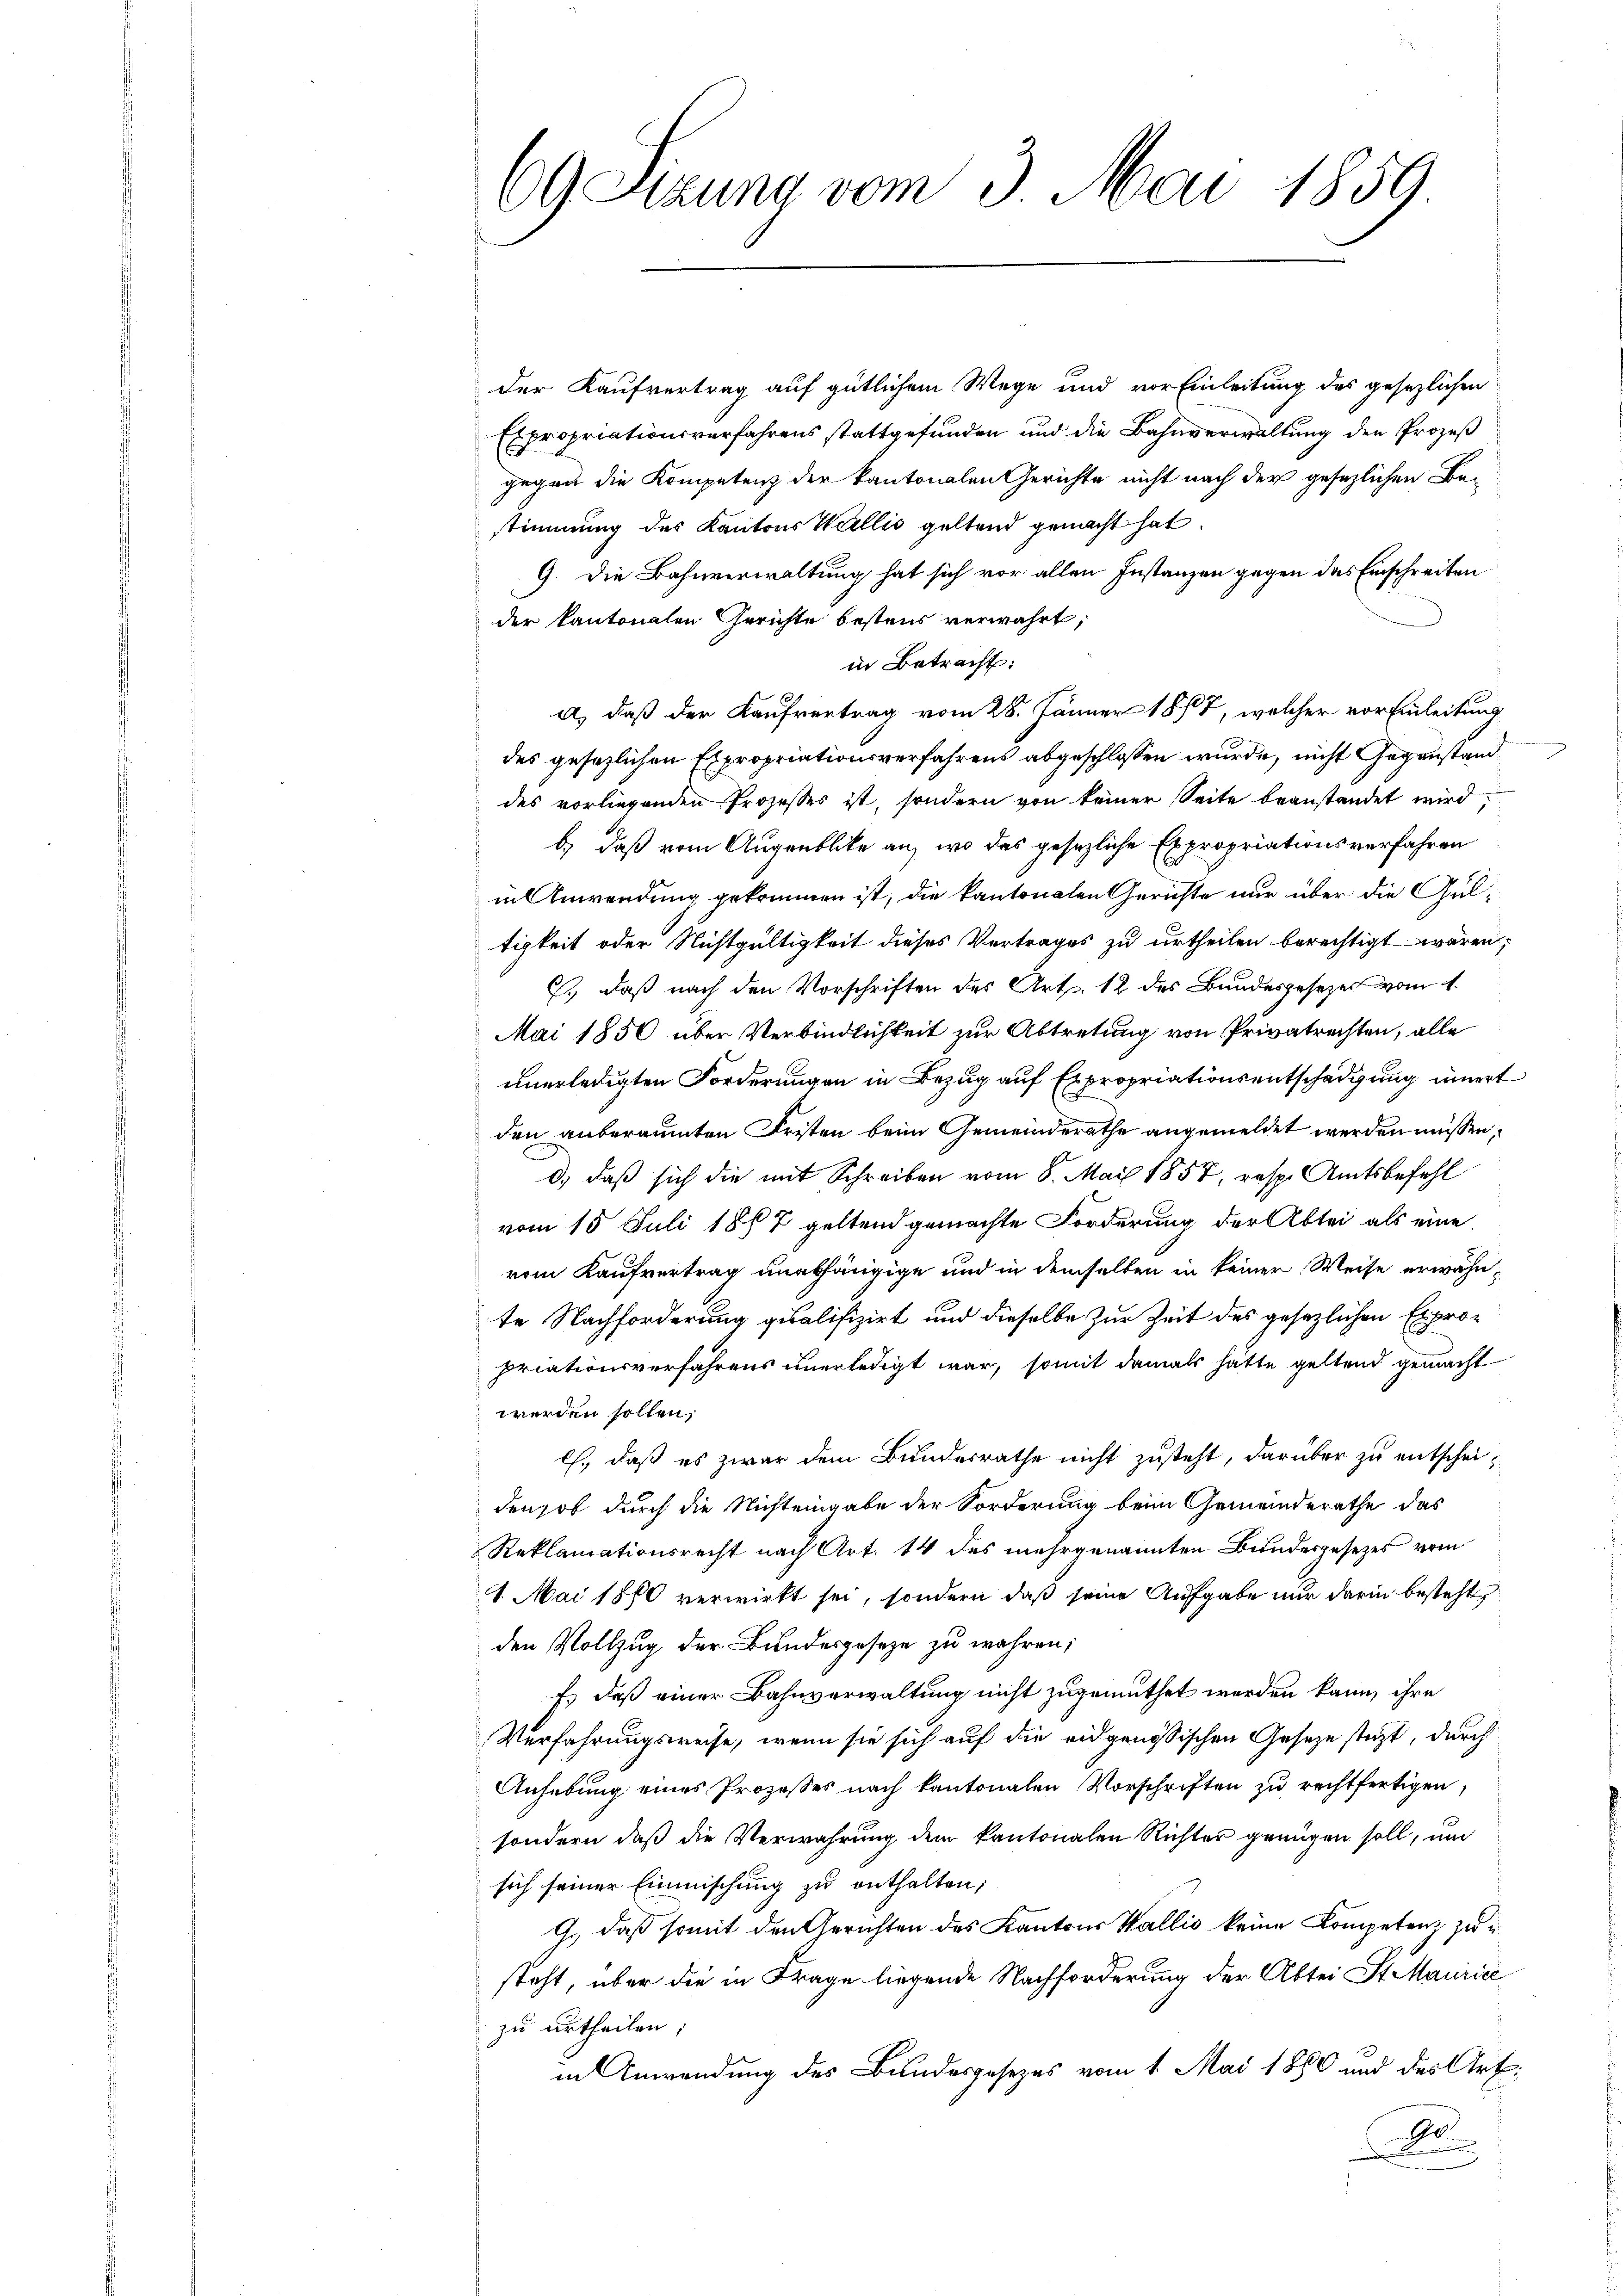
09 Sizung vom 3. Mai 1859.

der Kaufvertrag auf gütlichem Wege und vor Einleitung des gesezlichen
Expropriationsverfahrens stattgefunden und die Bahnverwaltung den Prozeß
gegen die Kompetenz der kantonalen Gerichte nicht nach der gesezlichen Be-
stimmung des Kantons Wallis geltend gemacht hat.
9. Die Bahnverwaltung hat sich vor allen Instanzen gegen das Einschreiben
der kantonalen Gerichte bestens verwahrt,
in Betracht:
a) daß der Kaufvertrag vom 28. Jänner 1877, welcher vor Einleitung
des gesezlichen Expropriationsverfahrens abgeschlossen wurde, nicht Gegenstand
des vorliegenden Prozesses ist, sondern von keiner Seite beanstandet wird,
b.) daß vom Augenblicke an, wo das gesezliche Expropriationsverfahren
in Anwendung gekommen ist, die kantonalen Gerichte nur über die Gultigkeit oder Nichtgültigkeit dieses Vertrages zu urtheilen berechtigt wären;
., daß nach den Vorschriften des Art. 12 des Bundesgesezes vom 1.
Mai 1856 über Verbindlichkeit zur Abtretung von Privatrechten, alle
unerledigten Forderungen in Bezug auf Expropriationsentschädigung innert
den anberaumten Fristen beim Gemeinderathe angemeldet werden müssen,
d.) daß sich die mit Schreiben vom 8. Mai 1857, resp. Amtsbefehl
vom 15. Juli 1877 geltend gemachte Forderung der Abtei als eine
vom Kaufvertrag unabhängige und in demselben in keiner Weise erwähnte Nachforderung qualifizirt und dieselbe zur Zeit des gesetzlichen Expropriationsverfahrens unerledigt war, somit damals hatte geltend gemacht
werden sollen,
l., daß es zwar dem Bundesrathe nicht zusteht, darüber zu entscheiden hob durch die Nichteingabe der Forderung beim Gemeinderathe das
Reklamationsrecht nach Art. 14 des mehrgenannten Bundesgesetzes vom
1. Mai 1880 verwirkt sei, sondern daß seine Aufgabe nur darin besteht
den Vollzug der Bundesgeseze zu wahren;
Es daß einer Bahnverwaltung nicht zugemuthet werden kann, ihre
Verfahrungsweise, wenn sie sich auf die eidgenössischen Geseze steht, durch
Anhebung eines Prozesses nach kantonalen Vorschriften zu rechtfertigen,
sondern, daß die Verwahrung dem kantonalen Richter genügen soll, und
sich seiner Einmischung zu enthalten;
G., daß somit den Gerichten des Kantons Wallis keine Kompetenz zusteht, über die in Frage liegende Nachforderung der Abtei St. Maurice
zu urtheilen;
in Anwendung des Bundesgesezes vom 1. Mai 1880 und der Art.
o